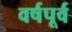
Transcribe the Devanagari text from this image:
वर्षपूर्व